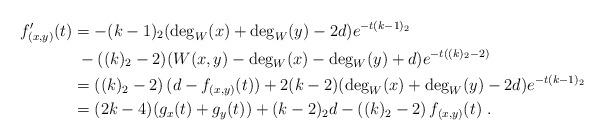
LaTeX: \begin{align*}f'_{(x,y)}(t) &= -(k-1)_2(\deg_W(x)+\deg_W(y)-2d)e^{-t(k-1)_2} \\&\;- ((k)_2-2)(W(x,y)-\deg_W(x)-\deg_W(y)+d)e^{-t((k)_2-2)} \\&= \left( (k)_2 - 2 \right) (d - f_{(x,y)}(t)) + 2(k-2)(\deg_W(x) + \deg_W(y) - 2d)e^{-t(k-1)_2} \\&= (2k-4)(g_x(t) + g_y(t)) + (k-2)_2 d - \left( (k)_2 - 2 \right) f_{(x,y)}(t)\;.\end{align*}